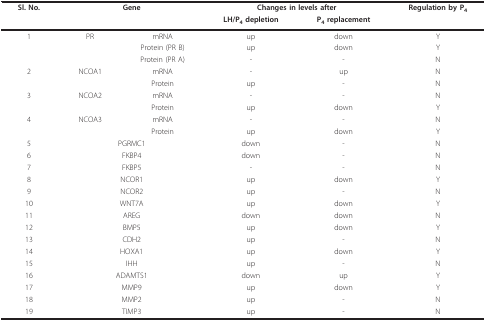
<table><thead><tr><td><b>Sl. No.</b></td><td colspan="2"><b>Gene</b></td><td colspan="2"><b>Changes in levels after</b></td><td><b>Regulation by P<sub>4</sub></b></td></tr><tr><td></td><td colspan="2"></td><td><b>LH/P<sub>4 </sub>depletion</b></td><td><b>P<sub>4 </sub>replacement</b></td><td></td></tr></thead><tbody><tr><td>1</td><td>PR</td><td>mRNA</td><td>up</td><td>down</td><td>Y</td></tr><tr><td></td><td></td><td>Protein (PR B)</td><td>up</td><td>down</td><td>Y</td></tr><tr><td></td><td></td><td>Protein (PR A)</td><td>-</td><td>-</td><td>N</td></tr><tr><td>2</td><td>NCOA1</td><td>mRNA</td><td>-</td><td>up</td><td>N</td></tr><tr><td></td><td></td><td>Protein</td><td>up</td><td>-</td><td>N</td></tr><tr><td>3</td><td>NCOA2</td><td>mRNA</td><td>-</td><td>-</td><td>N</td></tr><tr><td></td><td></td><td>Protein</td><td>up</td><td>down</td><td>Y</td></tr><tr><td>4</td><td>NCOA3</td><td>mRNA</td><td>-</td><td>-</td><td>N</td></tr><tr><td></td><td></td><td>Protein</td><td>up</td><td>down</td><td>Y</td></tr><tr><td>5</td><td colspan="2">PGRMC1</td><td>down</td><td>-</td><td>N</td></tr><tr><td>6</td><td colspan="2">FKBP4</td><td>down</td><td>-</td><td>N</td></tr><tr><td>7</td><td colspan="2">FKBP5</td><td>-</td><td>-</td><td>N</td></tr><tr><td>8</td><td colspan="2">NCOR1</td><td>up</td><td>down</td><td>Y</td></tr><tr><td>9</td><td colspan="2">NCOR2</td><td>up</td><td>-</td><td>N</td></tr><tr><td>10</td><td colspan="2">WNT7A</td><td>up</td><td>down</td><td>Y</td></tr><tr><td>11</td><td colspan="2">AREG</td><td>down</td><td>down</td><td>N</td></tr><tr><td>12</td><td colspan="2">BMP5</td><td>up</td><td>down</td><td>Y</td></tr><tr><td>13</td><td colspan="2">CDH2</td><td>up</td><td>-</td><td>N</td></tr><tr><td>14</td><td colspan="2">HOXA1</td><td>up</td><td>down</td><td>Y</td></tr><tr><td>15</td><td colspan="2">IHH</td><td>up</td><td>-</td><td>N</td></tr><tr><td>16</td><td colspan="2">ADAMTS1</td><td>down</td><td>up</td><td>Y</td></tr><tr><td>17</td><td colspan="2">MMP9</td><td>up</td><td>down</td><td>Y</td></tr><tr><td>18</td><td colspan="2">MMP2</td><td>up</td><td>-</td><td>N</td></tr><tr><td>19</td><td colspan="2">TIMP3</td><td>up</td><td>-</td><td>N</td></tr></tbody></table>